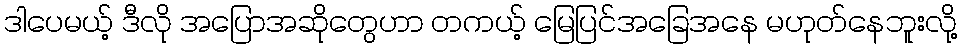
ဒါပေမယ့် ဒီလို အပြောအဆိုတွေဟာ တကယ့် မြေပြင်အခြေအနေ မဟုတ်နေဘူးလို့